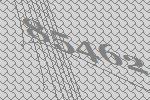
85462